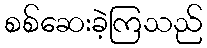
စစ်ဆေးခဲ့ကြသည်